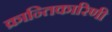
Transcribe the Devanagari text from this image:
क्रान्तिकारिणी